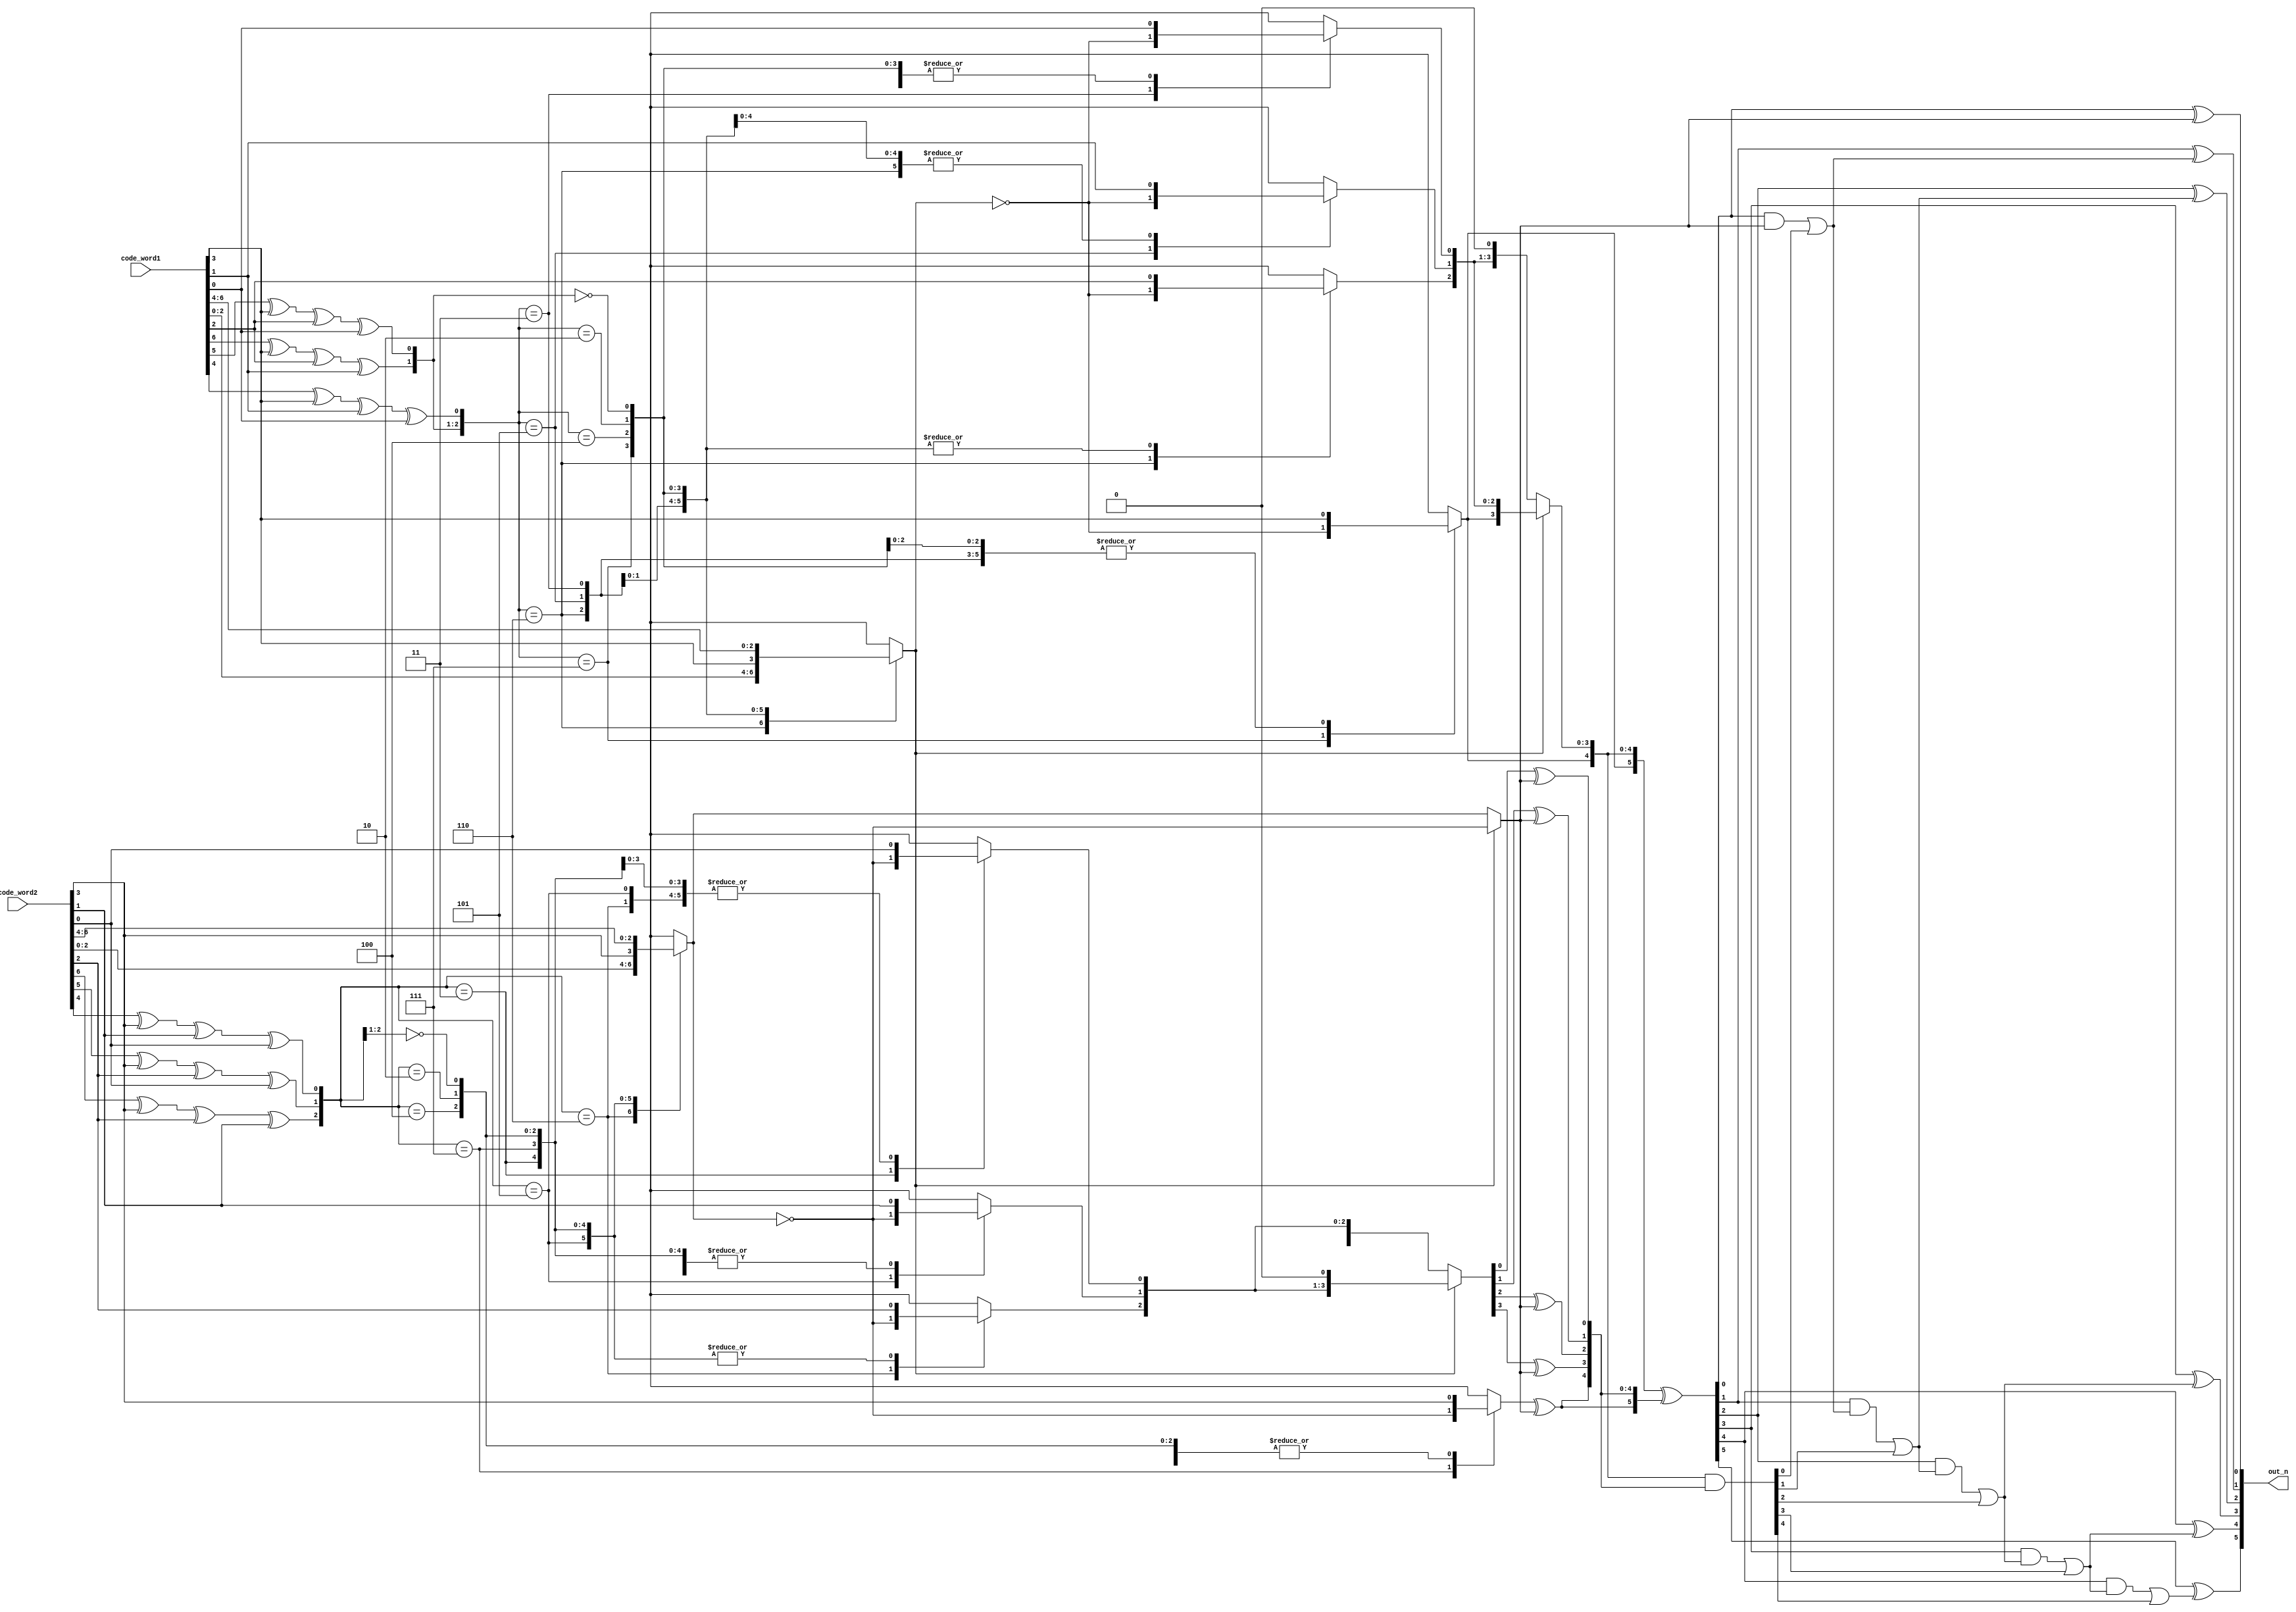
// -----------------------------------------------------------------------------
// Copyright (c) 2022, Adar Laboratory (Adar Lab).
// Adar Lab's Proprietary/Confidential.
// -----------------------------------------------------------------------------
// -----------------------------------------------------------------------------
// Revision History
// VERSION Date       AUTHOR           DESCRIPTION                                 AREA          SLACK
// 1.0     2022-09-21 Brian Hsieh      
// 2.0     2022-09-21 Brian Hsieh      omit sign extension                         2118.916833   13.54
// 3.0     2022-09-21 Brian Hsieh      2 5-bit adder-substactor                    1975.881626   14.47
// 3.1     2022-09-21 Brian Hsieh      1 5-bit adder & 1 5-bit substactor          2072.347228   13.21
// 3.2     2022-09-21 Brian Hsieh      2 6-bit adder-substactor                    1992.513630   14.82
// 4.0     2022-09-22 Brian Hsieh      1 5-bit adder-substactor                    1912.680025   13.88
// 5.0     2022-09-22 Brian Hsieh      revise adder-substactor                     1846.152033   13.54
// 6.0     2022-09-22 Brian Hsieh      revise c1, c2 to 4-to-1 mux                 1746.360013   14.39
// 6.1     2022-09-22 Brian Hsieh      2 6-bit adder-substactor                    1746.360013   14.11
// 6.2     2022-09-23 Brian Hsieh      try K-map                                   1782.950418   14.00
// 7.0     2022-09-23 Brian Hsieh      revise c1, c2 to 5-to-1 mux                 1729.728013   14.43
// 8.0     2022-09-23 Brian Hsieh      revise c1, c2 to 4 2-to-1 mux               1713.096017   13.93
// 9.0     2022-09-25 Brian Hsieh      combine error_bit & c into an always block  1679.832021   13.91
// 9.1     2022-09-25 Brian Hsieh      revise full adder                           1679.832019   13.91
// 10.0    2022-09-26 Brian Hsieh      revise error_bit & c to gates               1706.443220   14.24
// 10.1    2022-09-26 Brian Hsieh      try K-map                                   1856.131220   13.44
// 11.0    2022-09-26 Brian Hsieh      revise adder-substactor                     1676.505621   13.93 (final)
// -----------------------------------------------------------------------------
// KEYWORDS: General file searching keywords, leave bank if none.
//
// -----------------------------------------------------------------------------
// PURPOSE: Short description of functionality
// (7,4) Hamming Code Decoder
// -----------------------------------------------------------------------------
// PARAMETERS
// PARAM_NAME RANGE      : DESCRIPTION           : DEFAULT
//
// -----------------------------------------------------------------------------
// REUSE ISSUES
// Reset Schemes : N/A
// Clock Domains : N/A
// Asynchronous I/F : N/A
// Instantiations : N/A
// Other : 
// -----------------------------------------------------------------------------


module HD(
  code_word1,
  code_word2,
  out_n
);

input             [6:0] code_word1;
input             [6:0] code_word2;
output     signed [5:0] out_n;

///////////////////////////////////////////////////////////////////////////////////////////////////////////////////////////////////////////////////////////
//                                                                      main signals                                                                     //
///////////////////////////////////////////////////////////////////////////////////////////////////////////////////////////////////////////////////////////

// code_word1 received message
reg                     p11;
reg                     p21;
reg                     p31;
reg                     x11;
reg                     x21;
reg                     x31;
reg                     x41;

// code_word2 received message
reg                     p12;
reg                     p22;
reg                     p32;
reg                     x12;
reg                     x22;
reg                     x32;
reg                     x42;

// code_word1 circle
reg                     circle11;
reg                     circle21;
reg                     circle31;

// code_word2 circle
reg                     circle12;
reg                     circle22;
reg                     circle32;

// circle1, circle2
reg               [2:0] circle1;
reg               [2:0] circle2;

// error_bit
reg                     error_bit1;
reg                     error_bit2;

// error_bit_neg
reg                     error_bit1_neg;
reg                     error_bit2_neg;

// c1, c2
reg  signed       [3:0] c1;
reg  signed       [3:0] c2;

// c1_mult_2, c2_mult_2
reg  signed       [4:0] c1_mult_2;
reg  signed       [4:0] c2_mult_2;

// augend, addend, sub
reg  signed       [5:0] augend;
reg  signed       [5:0] addend;
reg                     sub;


///////////////////////////////////////////////////////////////////////////////////////////////////////////////////////////////////////////////////////////
//                                                                       main code                                                                       //
///////////////////////////////////////////////////////////////////////////////////////////////////////////////////////////////////////////////////////////

// code_word1 received message
always @(*) begin
  p11 = code_word1[6];
  p21 = code_word1[5];
  p31 = code_word1[4];
  x11 = code_word1[3];
  x21 = code_word1[2];
  x31 = code_word1[1];
  x41 = code_word1[0];
end

// code_word2 received message
always @(*) begin
  p12 = code_word2[6];
  p22 = code_word2[5];
  p32 = code_word2[4];
  x12 = code_word2[3];
  x22 = code_word2[2];
  x32 = code_word2[1];
  x42 = code_word2[0];
end

// code_word1 circle
always @(*) begin
  circle11 = p11 ^ x11 ^ x21 ^ x31;
  circle21 = p21 ^ x11 ^ x21 ^ x41;
  circle31 = p31 ^ x11 ^ x31 ^ x41;
end

// code_word2 circle
always @(*) begin
  circle12 = p12 ^ x12 ^ x22 ^ x32;
  circle22 = p22 ^ x12 ^ x22 ^ x42;
  circle32 = p32 ^ x12 ^ x32 ^ x42;
end

// circle1, circle2
always @(*) begin
  circle1 = {circle11, circle21, circle31};
  circle2 = {circle12, circle22, circle32};
end

// error_bit1_neg, error_bit2_neg
always @(*) begin
  error_bit1_neg = ~error_bit1;
  error_bit2_neg = ~error_bit2;
end

// error_bit1, c1
always @(*) begin
  c1 = code_word1[3:0];
  casez(circle1)
    3'b110: begin
      error_bit1 = x21;
      c1[2] = error_bit1_neg;
    end
    3'b101: begin
      error_bit1 = x31;
      c1[1] = error_bit1_neg;
    end
    3'b011: begin
      error_bit1 = x41;
      c1[0] = error_bit1_neg;
    end
    3'b111: begin
      error_bit1 = x11;
      c1[3] = error_bit1_neg;
    end
    3'b100: begin
      error_bit1 = p11;
    end
    3'b010: begin
      error_bit1 = p21;
    end
    3'b00?: begin
      error_bit1 = p31;
    end
  endcase
  c1_mult_2 = {c1, 1'b0};
end


// error_bit2, c2
always @(*) begin
  c2 = code_word2[3:0];
  casez(circle2)
    3'b110: begin
      error_bit2 = x22;
      c2[2] = error_bit2_neg;
    end
    3'b101: begin
      error_bit2 = x32;
      c2[1] = error_bit2_neg;
    end
    3'b011: begin
      error_bit2 = x42;
      c2[0] = error_bit2_neg;
    end
    3'b111: begin
      error_bit2 = x12;
      c2[3] = error_bit2_neg;
    end
    3'b100: begin
      error_bit2 = p12;
    end
    3'b010: begin
      error_bit2 = p22;
    end
    3'b00?: begin
      error_bit2 = p32;
    end
  endcase
  c2_mult_2 = {c2, 1'b0};
end

// augend, addend, sub
always @(*) begin
  if (error_bit1) begin
    augend = c1;
    addend = c2_mult_2;
    sub    = error_bit2_neg;
  end
  else begin
    augend = c1_mult_2;
    addend = c2;
    sub    = error_bit2;
  end
end

///////////////////////////////////////////////////////////////////////////////////////////////////////////////////////////////////////////////////////////
//                                                                      6 bit adder_substractor                                                          //
///////////////////////////////////////////////////////////////////////////////////////////////////////////////////////////////////////////////////////////

wire        [5:0] addend_xor_sub;
wire              C1;
wire              C2;
wire              C3;
wire              C4;
wire              C5;
wire        [5:0] augend_xor_addend_xor_sub;
wire        [5:0] augend_and_addend_xor_sub;
wire        [5:0] augend_xor_addend_xor_sub_and_cin;

assign addend_xor_sub[0] = addend[0] ^ sub;
assign addend_xor_sub[1] = addend[1] ^ sub;
assign addend_xor_sub[2] = addend[2] ^ sub;
assign addend_xor_sub[3] = addend[3] ^ sub;
assign addend_xor_sub[4] = addend[4] ^ sub;
assign addend_xor_sub[5] = addend[5] ^ sub;

assign augend_xor_addend_xor_sub = augend ^ addend_xor_sub;
assign augend_and_addend_xor_sub = augend & addend_xor_sub;

assign augend_xor_addend_xor_sub_and_cin[0] = augend_xor_addend_xor_sub[0] & sub;
assign C1 = augend_xor_addend_xor_sub_and_cin[0] | augend_and_addend_xor_sub[0];

assign augend_xor_addend_xor_sub_and_cin[1] = augend_xor_addend_xor_sub[1] & C1;
assign C2 = augend_xor_addend_xor_sub_and_cin[1] | augend_and_addend_xor_sub[1];

assign augend_xor_addend_xor_sub_and_cin[2] = augend_xor_addend_xor_sub[2] & C2;
assign C3 = augend_xor_addend_xor_sub_and_cin[2] | augend_and_addend_xor_sub[2];

assign augend_xor_addend_xor_sub_and_cin[3] = augend_xor_addend_xor_sub[3] & C3;
assign C4 = augend_xor_addend_xor_sub_and_cin[3] | augend_and_addend_xor_sub[3];

assign augend_xor_addend_xor_sub_and_cin[4] = augend_xor_addend_xor_sub[4] & C4;
assign C5 = augend_xor_addend_xor_sub_and_cin[4] | augend_and_addend_xor_sub[4];

assign augend_xor_addend_xor_sub_and_cin[5] = augend_xor_addend_xor_sub[5] & C5;

assign out_n[0] = augend_xor_addend_xor_sub[0] ^ sub;
assign out_n[1] = augend_xor_addend_xor_sub[1] ^ C1;
assign out_n[2] = augend_xor_addend_xor_sub[2] ^ C2;
assign out_n[3] = augend_xor_addend_xor_sub[3] ^ C3;
assign out_n[4] = augend_xor_addend_xor_sub[4] ^ C4;
assign out_n[5] = augend_xor_addend_xor_sub[5] ^ C5;


endmodule